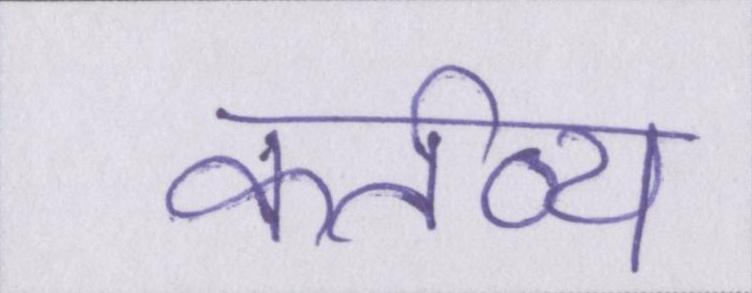
कर्तव्य